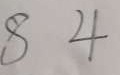
8 4